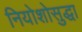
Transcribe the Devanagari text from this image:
नियोशोसुद्धा